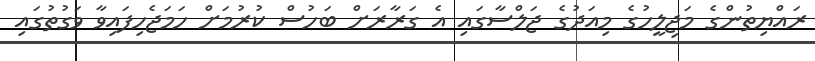
ރައްޔިތުންގެ މަޖިލީހުގެ މިއަދުގެ ޖަލްސާގައި އެ ގަރާރަށް ބަހުސް ކުރުމަށް ހަމަޖެހިފައިވާ ވަގުތުގައި